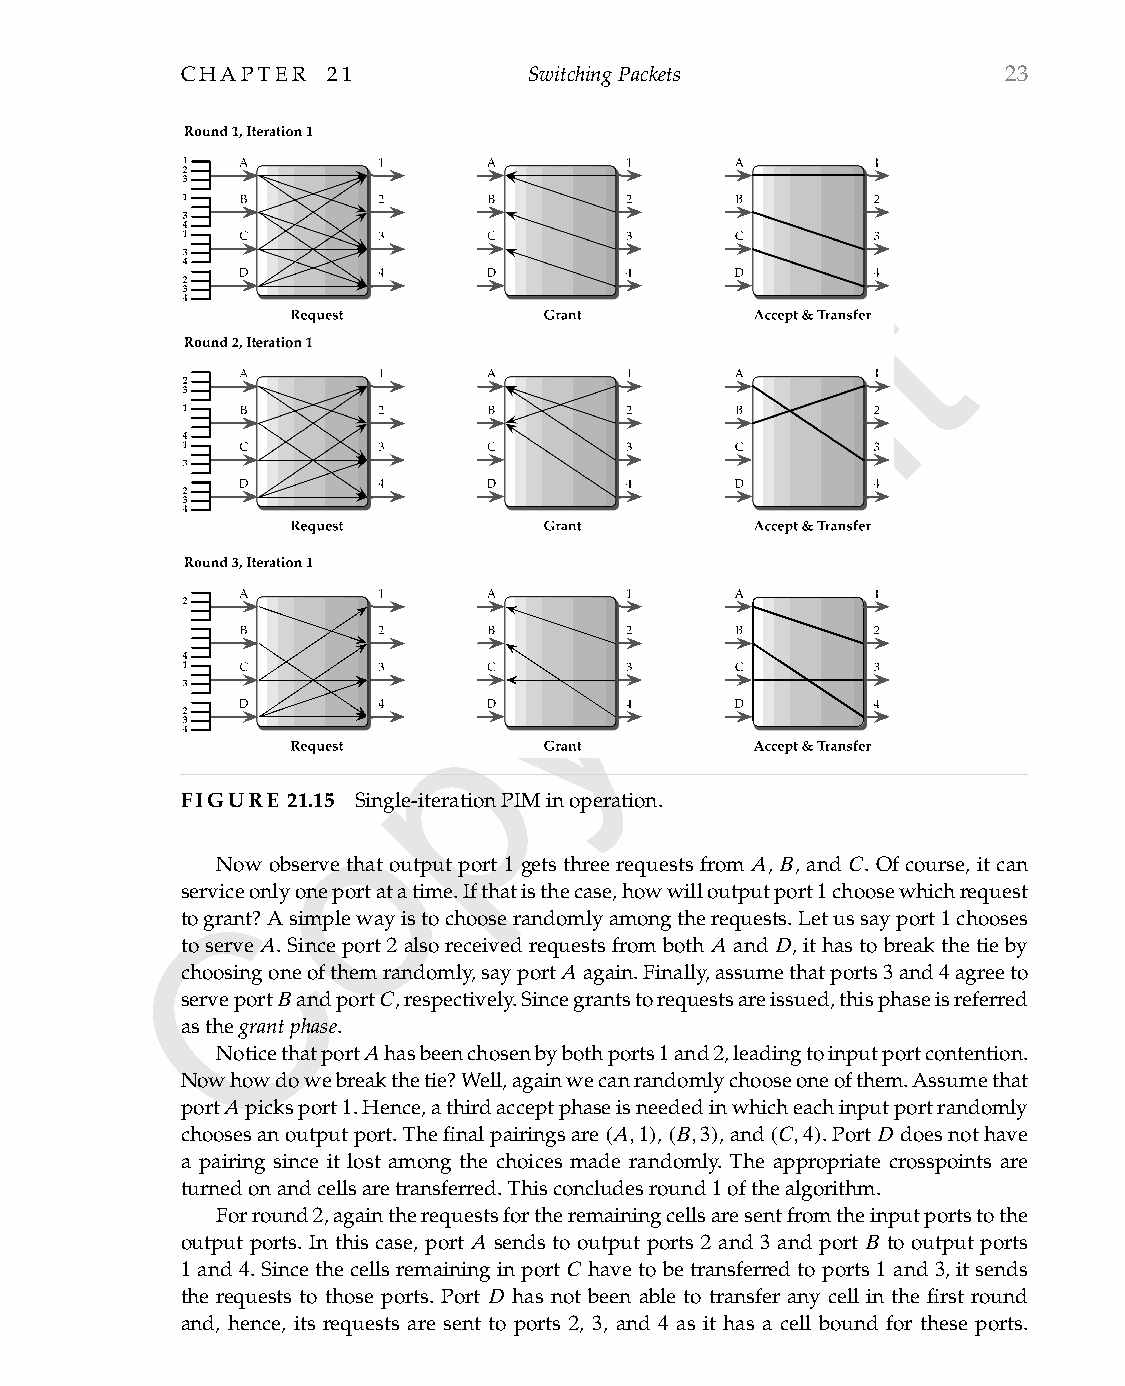
CHAPTER   21           SwitchingPackets               23
 t
 h
 g
 i
 r
 y
 p
 FIGURE 21.1o5 Single-iterationPIMinoperation.
 Now observe that output port 1 gets three requests from A, B, and C. Of course, it can
 servicCeonlyoneportatatime.Ifthatisthecase,howwilloutputport1choosewhichrequest
 togrant?Asimplewayistochooserandomlyamongtherequests.Letussayport1chooses
 toserve A.Sinceport 2 alsoreceivedrequestsfromboth A and D,ithastobreakthetieby
 choosingoneofthemrandomly,sayportAagain.Finally,assumethatports3and4agreeto
 serveportBandportC,respectively.Sincegrantstorequestsareissued,thisphaseisreferred
 asthegrantphase.
 NoticethatportAhasbeenchosenbybothports1and2,leadingtoinputportcontention.
 Nowhowdowebreakthetie?Well,againwecanrandomlychooseoneofthem.Assumethat
 portApicksport1.Hence,athirdacceptphaseisneededinwhicheachinputportrandomly
 choosesanoutputport.Thefinalpairingsare(A,1),(B,3),and(C,4).PortDdoesnothave
 a pairing since it lost among the choices made randomly. The appropriate crosspoints are
 turnedonandcellsaretransferred.Thisconcludesround1ofthealgorithm.
 Forround2,againtherequestsfortheremainingcellsaresentfromtheinputportstothe
 output ports. In this case, port A sends to output ports 2 and 3 and port B to output ports
 1 and 4.Sincethecellsremaininginport C havetobetransferredtoports 1 and 3,itsends
 the requests to those ports. Port D has not been able to transfer any cell in the first round
 and, hence, its requests are sent to ports 2, 3, and 4 as it has a cell bound for these ports.